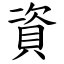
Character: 資